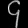
Digit: ၄